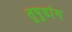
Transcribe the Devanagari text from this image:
तुपुडांग